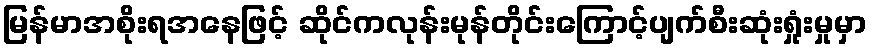
မြန်မာအစိုးရအနေဖြင့် ဆိုင်ကလုန်းမုန်တိုင်းကြောင့်ပျက်စီးဆုံးရှုံးမှုမှာ